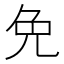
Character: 免